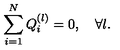
\sum _ { i = 1 } ^ { N } Q _ { i } ^ { ( l ) } = 0 , \quad \forall l .